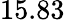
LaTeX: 15.83\